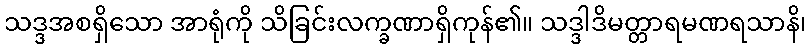
သဒ္ဒအစရှိသော အာရုံကို သိခြင်းလက္ခဏာရှိကုန်၏။ သဒ္ဒါဒိမတ္တာရမဏရသာနိ၊